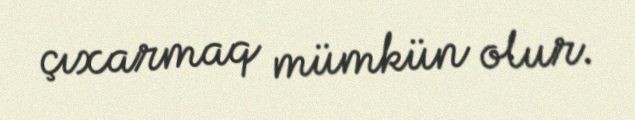
çıxarmaq mümkün olur.